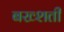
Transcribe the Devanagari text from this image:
बख्शती